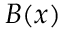
\boldsymbol { B } ( \boldsymbol { x } )